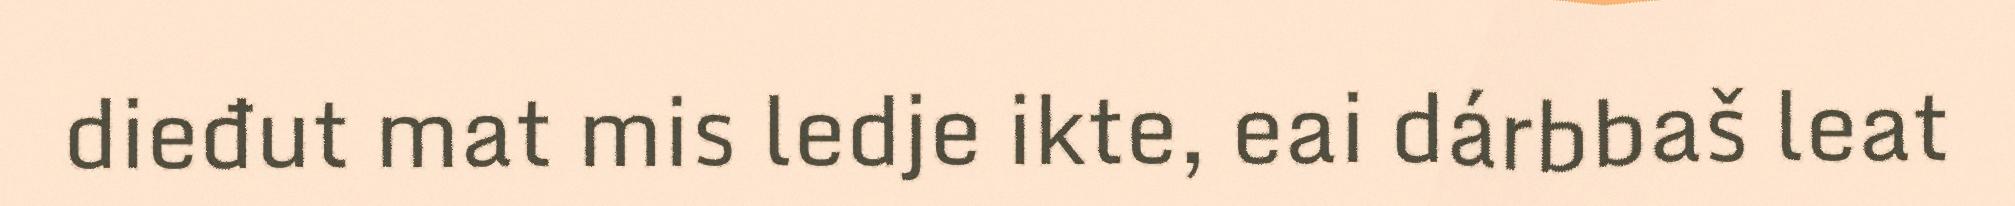
dieđut mat mis ledje ikte, eai dárbbaš leat